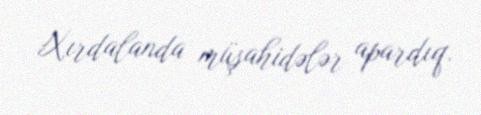
Xırdalanda müşahidələr apardıq.